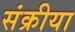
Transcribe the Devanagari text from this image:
संक्रीया